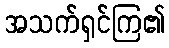
အသက်ရှင်ကြ၏